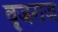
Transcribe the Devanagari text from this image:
वृजराज